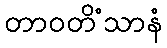
တာဝတိံသာနံ